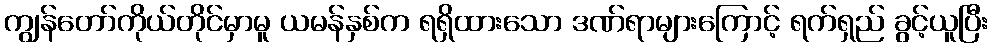
ကျွန်တော်ကိုယ်တိုင်မှာမူ ယမန်နှစ်က ရရှိထားသော ဒဏ်ရာများကြောင့် ရက်ရှည် ခွင့်ယူပြီး